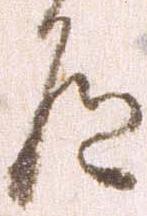
道